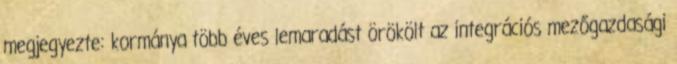
megjegyezte: kormánya több éves lemaradást örökölt az integrációs mezőgazdasági